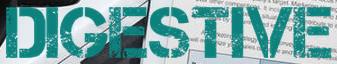
digestive